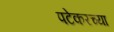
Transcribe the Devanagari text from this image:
पटेकरच्या